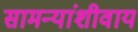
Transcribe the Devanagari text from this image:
सामन्यांशीवाय